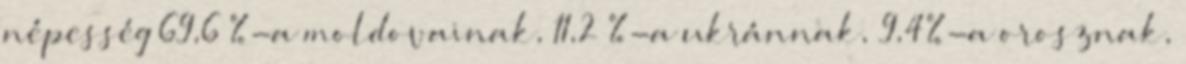
népesség 69,6 %-a moldovainak, 11,2 %-a ukránnak, 9,4%-a orosznak,